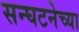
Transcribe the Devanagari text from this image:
सन्घटनेच्या